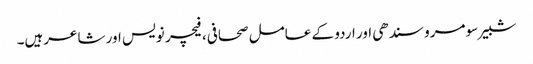
شبیر سومرو سندھی اور اردو کے عامل صحافی، فیچر نویس اور شاعرہیں۔